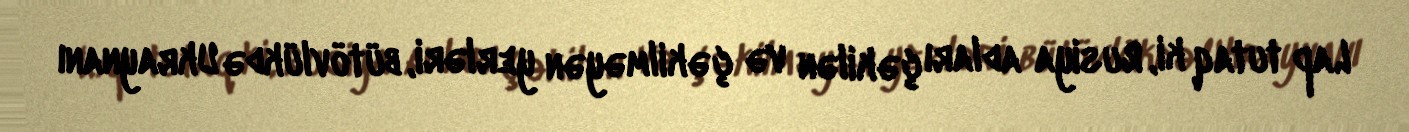
Lap tutaq ki, Rusiya adları çəkilən və çəkilməyən yerləri, bütövlükdə Ukraynanı